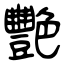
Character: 艷